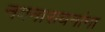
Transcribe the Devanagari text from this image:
नवनारायनांना